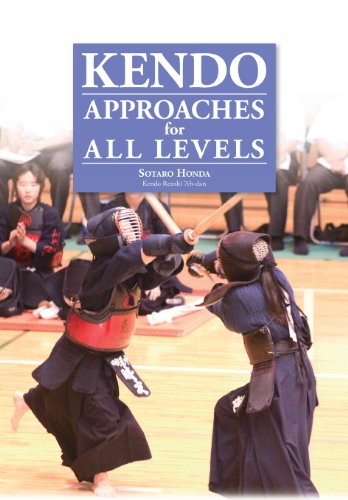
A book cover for Kendo - Approaches for All Levels; Sotaro Honda; Sports & Outdoors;